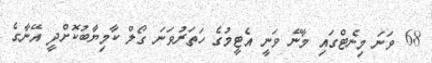
68 ވަނަ މިނެޓްގައި މާނޭ ވަނީ އެޓީމުގެ ހަތަރުވަނަ ގޯލް ކާމިޔާބުކޮށްދީ އޭނާގެ